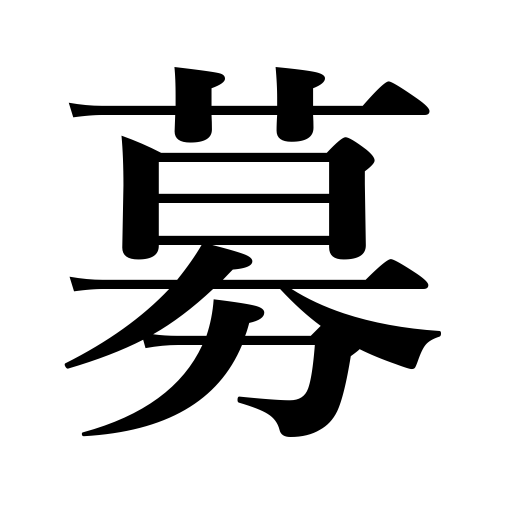
Meanings: gather contributions,campaign for students,float a loan,grow violent,enlist troops